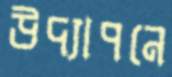
উদ্যাপনে